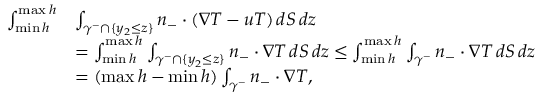
\begin{array} { r l } { \int _ { \operatorname* { m i n } h } ^ { \operatorname* { m a x } h } } & { \int _ { \gamma ^ { - } \cap \{ y _ { 2 } \leq z \} } n _ { - } \cdot ( \nabla T - u T ) \, d S \, d z } \\ & { = \int _ { \operatorname* { m i n } h } ^ { \operatorname* { m a x } h } \int _ { \gamma ^ { - } \cap \{ y _ { 2 } \leq z \} } n _ { - } \cdot \nabla T \, d S \, d z \leq \int _ { \operatorname* { m i n } h } ^ { \operatorname* { m a x } h } \int _ { \gamma ^ { - } } n _ { - } \cdot \nabla T \, d S \, d z } \\ & { = ( \operatorname* { m a x } h - \operatorname* { m i n } h ) \int _ { \gamma ^ { - } } n _ { - } \cdot \nabla T , } \end{array}